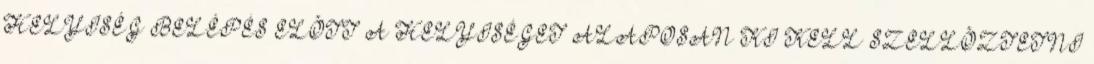
HELYISÉG BELÉPÉS ELÕTT A HELYISÉGET ALAPOSAN KI KELL SZELLÕZTETNI